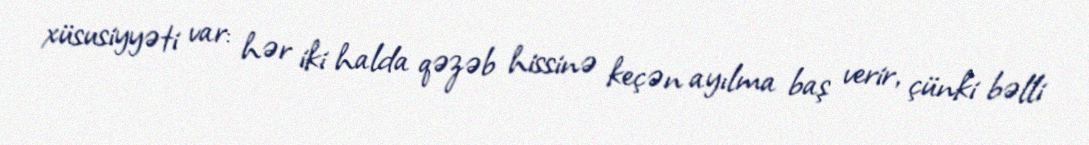
xüsusiyyəti var: hər iki halda qəzəb hissinə keçən ayılma baş verir, çünki bəlli